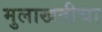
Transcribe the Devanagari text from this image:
मुलाखतीचा